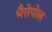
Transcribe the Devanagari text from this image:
भैरोपोल